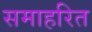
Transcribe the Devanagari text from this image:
समाहरित